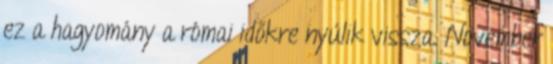
ez a hagyomány a római időkre nyúlik vissza. November